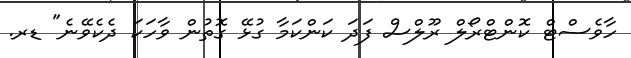
ހާވެސްޓް ކޮންޓްރޯލް ރޫލްސް ފަދަ ކަންކަމާ ގުޅޭ ގޮތުން ވާހަކަ ދެކެވޭނެ" ޑރ.